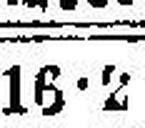
16·2